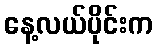
နေ့လယ်ပိုင်းက